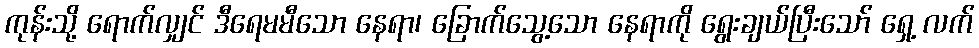
ကုန်းသို့ ရောက်လျှင် ဒီရေမမီသော နေရာ၊ ခြောက်သွေ့သော နေရာကို ရွေးချယ်ပြီးသော် ရှေ့ လက်